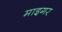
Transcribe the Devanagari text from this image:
माइगर